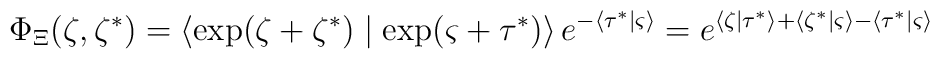
\Phi _\Xi (\zeta ,\zeta ^{*})=\left\langle \exp (\zeta +\zeta ^{*})\mid \exp(\varsigma +\tau ^{*})\right\rangle e^{-\left\langle \tau ^{*}\mid \varsigma\right\rangle }=e^{\left\langle \zeta \mid \tau ^{*}\right\rangle+\left\langle \zeta ^{*}\mid \varsigma \right\rangle -\left\langle \tau^{*}\mid \varsigma \right\rangle }